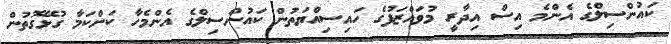
ކައުންސިލްގެ އެންމެ އިސް އިދާރީ މުވައްޒަފުގެ ހައިސިއްޔަތުން ކައުންސިލްގެ އެންމެހާ ކަންކަމާ ގުޅޭގޮތުން